Epidemic dropsy in Calcutta - Number 45
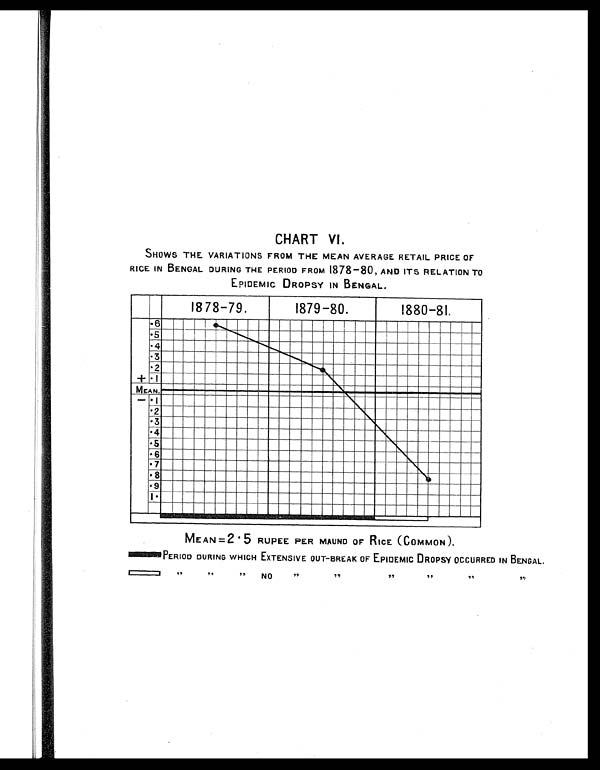
CHART VI.
SHOWS THE VARIATIONS FROM THE MEAN AVERAGE RETAIL PRICE OF
RICE IN BENGAL DURING THE PERIOD FROM 1878-80, AND ITS RELATION TO
EPIDEMIC DROPSY IN BENGAL.
MEAN =2.5 RUPEE PER MAUND OF RICE (COMMON).
PERIOD DURING WHICH EXTENSIVE OUT-BREAK OF EPIDEMIC DROPSY OCCURRED IN BENGAL.
,, ,, ,, N O ,, , , ,, ,, ,,